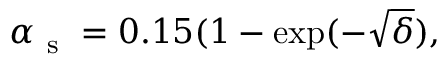
\alpha _ { \mathrm { ~ s ~ } } = 0 . 1 5 ( 1 - \exp ( - \sqrt { \delta } ) ,